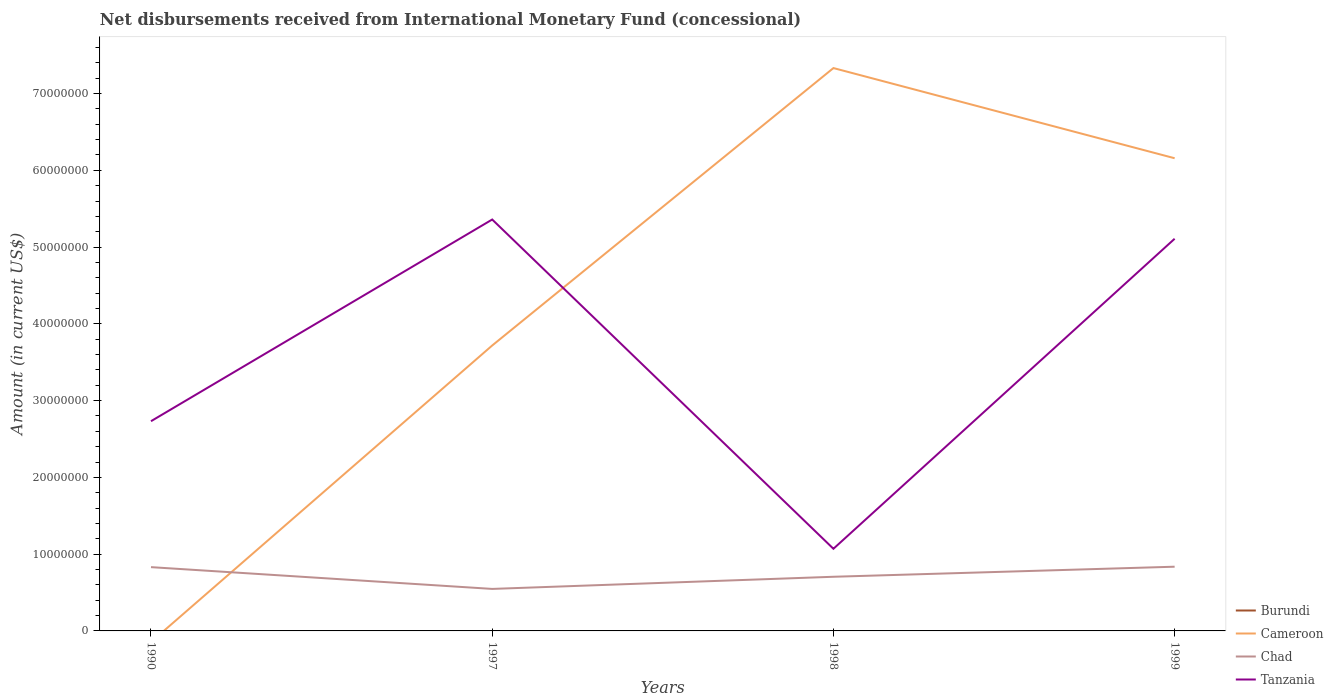
| Years | Burundi | Cameroon | Chad | Tanzania |
 | --- | --- | --- | --- | --- |
 | 1990 | -7.85e+05 | -1.44e+06 | 8.31e+06 | 2.73e+07 |
 | 1997 | -7.95e+06 | 3.72e+07 | 5.47e+06 | 5.36e+07 |
 | 1998 | -8.72e+06 | 7.33e+07 | 7.06e+06 | 1.07e+07 |
 | 1999 | -7.04e+06 | 6.16e+07 | 8.37e+06 | 5.11e+07 |